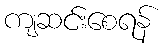
ကျဆင်းစေရန်